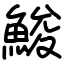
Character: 鮻